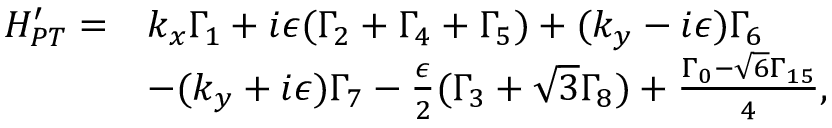
\begin{array} { r l } { H _ { P T } ^ { \prime } = } & { k _ { x } \Gamma _ { 1 } + i \epsilon ( \Gamma _ { 2 } + \Gamma _ { 4 } + \Gamma _ { 5 } ) + ( k _ { y } - i \epsilon ) \Gamma _ { 6 } } \\ & { - ( k _ { y } + i \epsilon ) \Gamma _ { 7 } - \frac { \epsilon } { 2 } ( \Gamma _ { 3 } + \sqrt { 3 } \Gamma _ { 8 } ) + \frac { \Gamma _ { 0 } - \sqrt { 6 } \Gamma _ { 1 5 } } { 4 } , } \end{array}